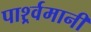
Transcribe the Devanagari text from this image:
पार्श्र्वमानी